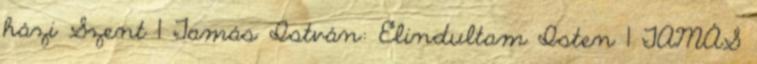
házi Szent 1 Tamás István: Elindultam Isten 1 TAMÁS